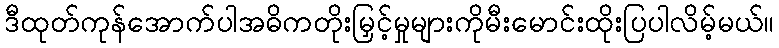
ဒီထုတ်ကုန်အောက်ပါအဓိကတိုးမြှင့်မှုများကိုမီးမောင်းထိုးပြပါလိမ့်မယ်။